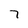
Character: 7